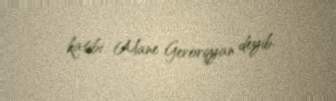
katibi Mane Gevorqyan deyib.